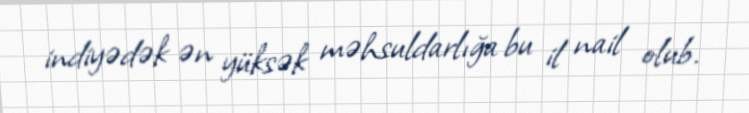
indiyədək ən yüksək məhsuldarlığa bu il nail olub.